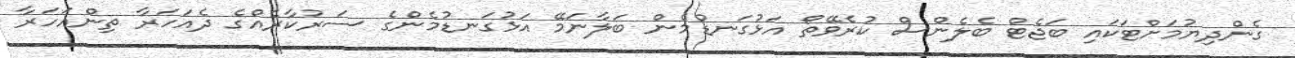
ގެންދިޔުމަށްޓަކައި ބަޖެޓް ބެލެންސް ކުރެވޭތޯ އަޅުގަނޑުމެން ބަލާނަމޭ އަޅުގަނޑުމެންގެ ސަރުކާރެއްގެ ދެއަހަރާ ތިންއަހަރާ